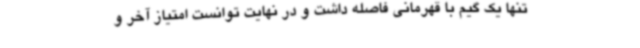
تنها یک گیم با قهرمانی فاصله داشت و در نهایت توانست امتیاز آخر و